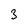
Character: 3